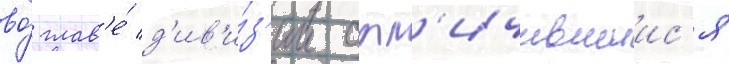
во́ глав'е́ д'ив'и́з'ии отл'ичившиис'я